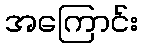
အကြောင်း